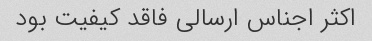
اکثر اجناس ارسالی فاقد کیفیت بود